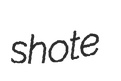
shote